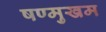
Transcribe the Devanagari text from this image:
षण्मुखम